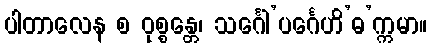
ပါတာလေန စ ဝုစ္စန္တေ၊ သင်္ဂေါ’ပင်္ဂေဟိ’ဓ’က္ကမာ။